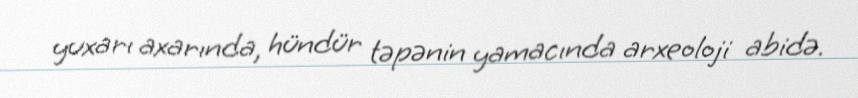
yuxarı axarında, hündür təpənin yamacında arxeoloji abidə.